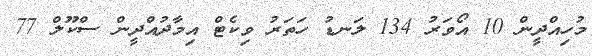
މުހިއްދީން 10 އޯވަރު 134 ލަނޑު ހަތަރު ވިކެޓް އިމާދުއްދީން ސްކޫލް 77